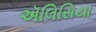
ઍલિસિયા